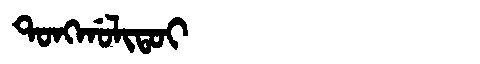
Manchu: ᡨᠣᠩᡤᠣᠯᡳᡨᠣᡳ
Romanization: TONGGOLITOI